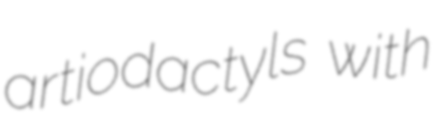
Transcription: artiodactyls with